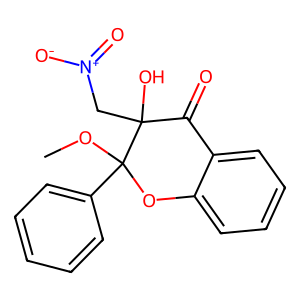
SMILES: COC1(c2ccccc2)Oc2ccccc2C(=O)C1(O)C[N+](=O)[O-]
Inhibits HIV replication: No